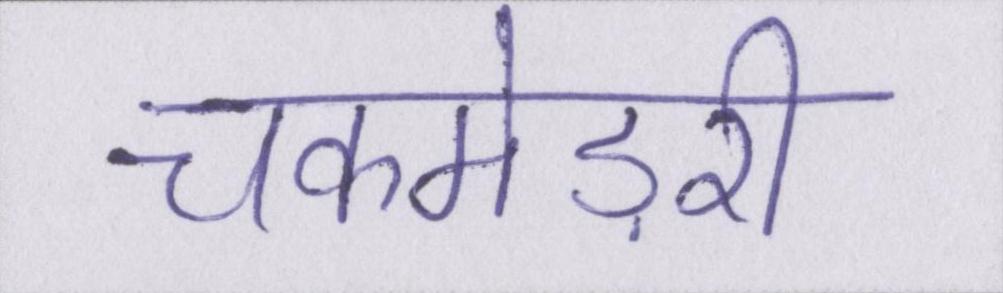
चकमेड़री